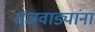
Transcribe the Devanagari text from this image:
राजवाड्यांना